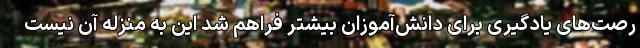
رصت‌های یادگیری برای دانش‌آموزان بیشتر فراهم شد این به منزله آن نیست